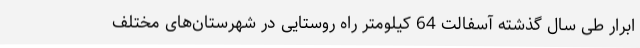
ابرار طی سال گذشته آسفالت 64 کیلومتر راه روستایی در شهرستان‌های مختلف